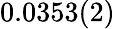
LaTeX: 0.0353(2)